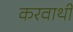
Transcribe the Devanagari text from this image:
करवाथी